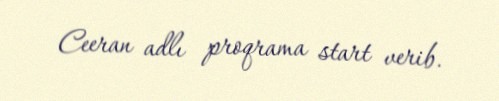
Ceeran adlı proqrama start verib.